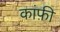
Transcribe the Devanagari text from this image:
कांफ़ी